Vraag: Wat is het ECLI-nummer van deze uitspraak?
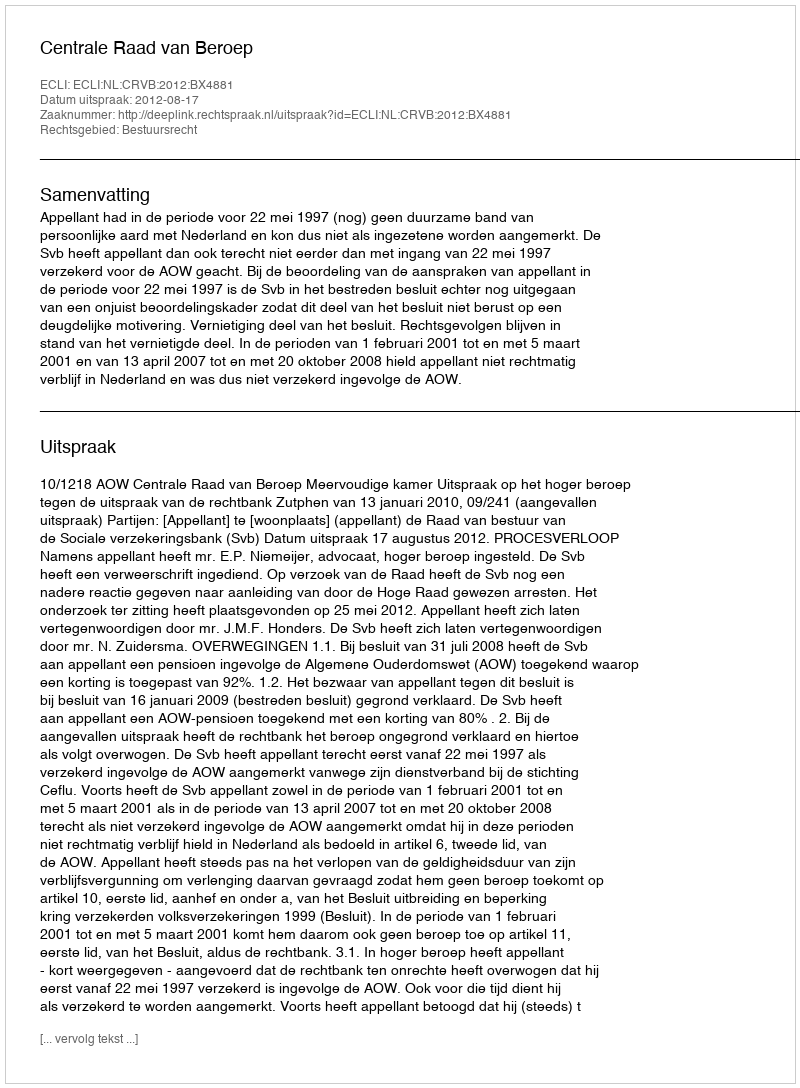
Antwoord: ECLI:NL:CRVB:2012:BX4881